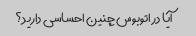
آیا در اتوبوس چنین احساسی دارید؟